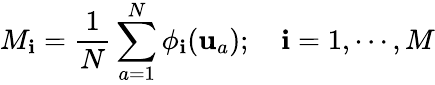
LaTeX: M_{\mathbf{i}}=\frac{{1}}{{N}}\sum_{a=1}^{N}\phi_{\mathbf{i}}(\mathbf{{u}}_{a});\quad\mathbf{i}=1,\cdots,M